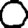
Digit: 0